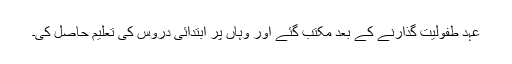
عہد طفولیت گذارنے کے بعد مکتب گئے اور وہاں پر ابتدائی دروس کی تعلیم حاصل کی۔